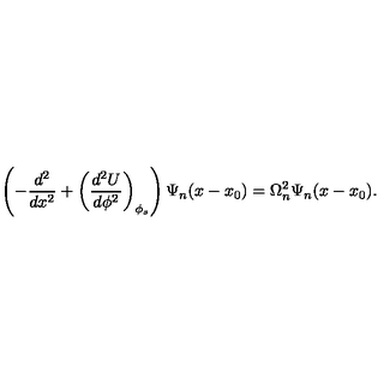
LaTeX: \left( - \frac { d ^ { 2 } } { d x ^ { 2 } } + \left( \frac { d ^ { 2 } U } { d \phi ^ { 2 } } \right) _ { \phi _ { s } } \right) \Psi _ { n } ( x - x _ { 0 } ) = \Omega _ { n } ^ { 2 } \Psi _ { n } ( x - x _ { 0 } ) .